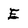
Character: E